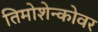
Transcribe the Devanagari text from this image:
तिमोशेन्कोवर